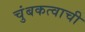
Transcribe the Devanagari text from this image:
चुंबकत्वाची